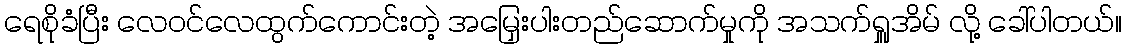
ရေစိုခံပြီး လေဝင်လေထွက်ကောင်းတဲ့ အမြှေးပါးတည်ဆောက်မှုကို အသက်ရှူအိမ် လို့ ခေါ်ပါတယ်။